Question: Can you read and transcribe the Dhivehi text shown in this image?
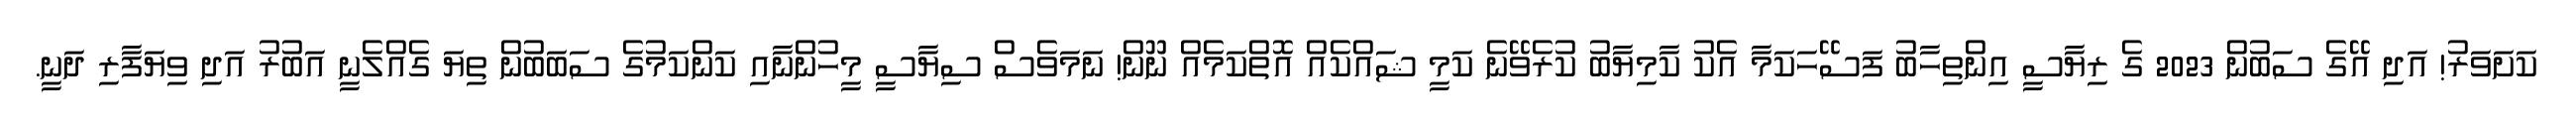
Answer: ކަށަވަރު! އަދި އޭގެ ސަބުން 2023 ގެ ރިޔާސީ އިންތިހާބު ފަސޭހަކަމާ އެކު ކާމިޔާބު ކުރެވޭނެ ކަމީ ޝައްކެއް އޮތްކަމެއް ނޫން! ނަމަވެސް ސިޔާސީ މީހުންނާއި ކަންކަމުގެ ސަބަބުން ތިޔަ ގެއްލެނީ އަބުރު އަދި ވިޔަފާރި ދަނީ.